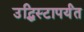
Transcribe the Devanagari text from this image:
उद्धिस्टापर्यंत